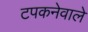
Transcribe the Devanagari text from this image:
टपकनेवाले